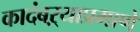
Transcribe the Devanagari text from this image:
कादंबऱ्याप्रमाणे